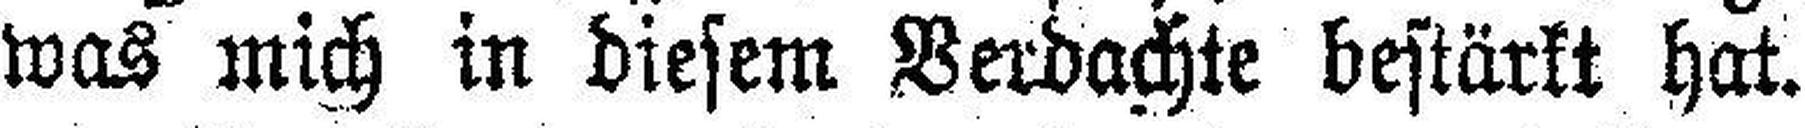
was mich in diesem Verdachte bestärkt hat.